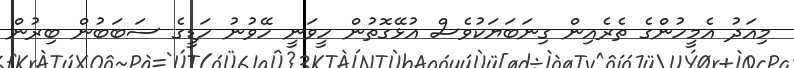
މިއަދު އެމީހުންގެ ތެރެއިން ގިނަބަޔަކުވެސް އުޅޭގޮތުން ހީވަނީ ހޭވުނު ހަޑީގެ ސަބަބުން ބިރުން